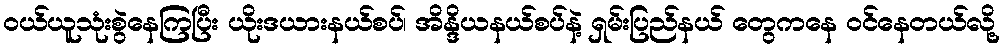
ဝယ်ယူသုံးစွဲနေကြပြီး ယိုးဒယားနယ်စပ်၊ အိန္ဒိယနယ်စပ်နဲ့ ရှမ်းပြည်နယ် တွေကနေ ဝင်နေတယ်လို့